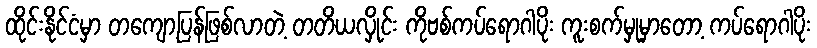
ထိုင်းနိုင်ငံမှာ တကျော့ပြန်ဖြစ်လာတဲ့ တတိယလှိုင်း ကိုဗစ်ကပ်ရောဂါပိုး ကူးစက်မှုမှာတော့ ကပ်ရောဂါပိုး